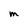
Character: M